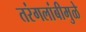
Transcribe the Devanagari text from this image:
तरंगलांबीमुळे